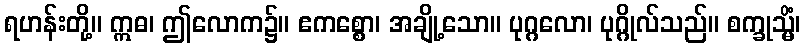
ရဟန်းတို့။ ဣဓ၊ ဤလောက၌။ ဧကစ္စော၊ အချို့သော။ ပုဂ္ဂလော၊ ပုဂ္ဂိုလ်သည်။ စက္ခုသ္မိံ၊